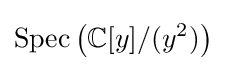
{\text{Spec}}\left({\mathbb {C} [y]}/{(y^{2})}\right)